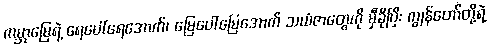
ကမ္ဘာမြေရဲ့ ရေပေါ်ရေအောက်၊ မြေပေါ်မြေအောက် သယံဇာတွေကို မှီခိုပြီး ကျွန်တော်တို့ရဲ့